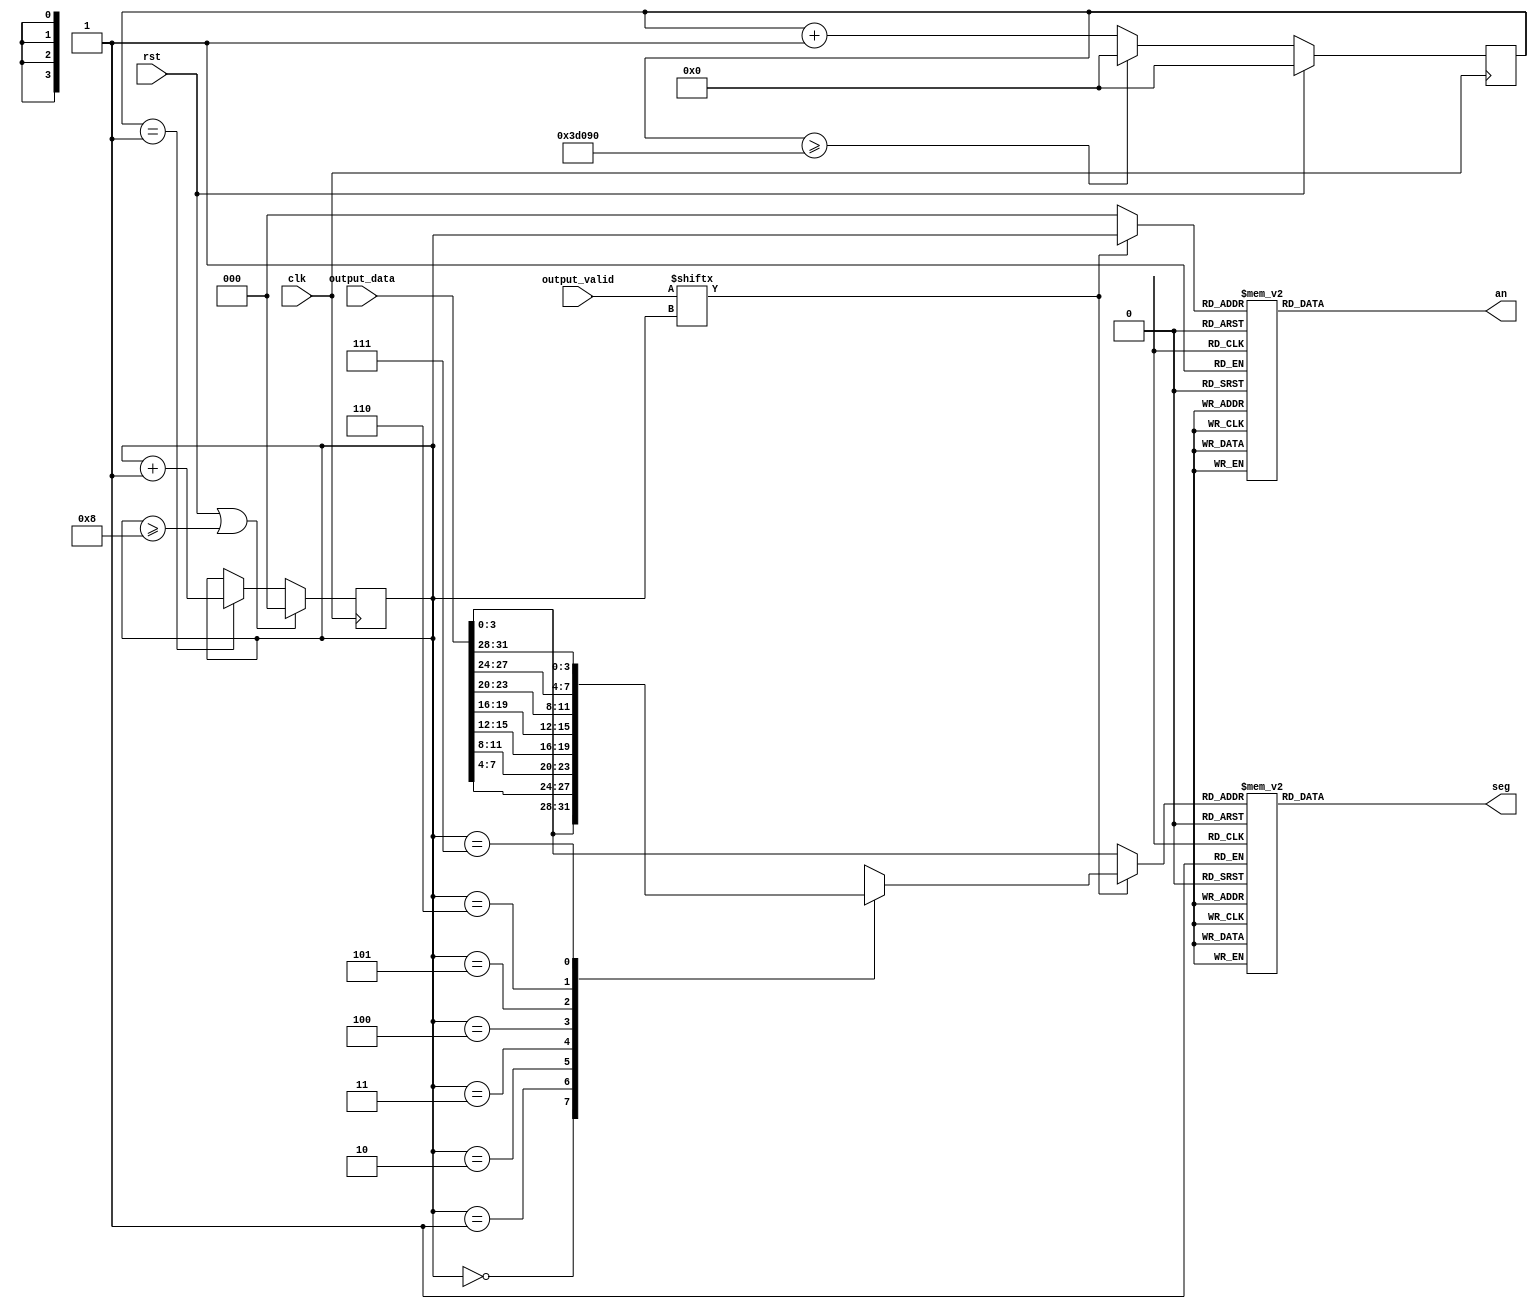
module Segment(
    input                       clk,
    input                       rst,
    input       [31:0]          output_data,
    input       [ 7:0]          output_valid,

    output  reg [ 7:0]          an,
    output  reg [ 6:0]          seg
);

reg [31:0]  counter;
parameter TIME_CNT = 250_000;
always @(posedge clk) begin
    if (rst)
        counter <= 0;
    else if(counter >= TIME_CNT)
        counter <= 0;
    else
        counter <= counter + 1;
end

reg [2:0] seg_id;
always @(posedge clk) begin
    if(rst || seg_id >= 8)
        seg_id <= 0;
    else if(counter == 1)
        seg_id <= seg_id + 1;
end

reg [ 2: 0] seg_an;
reg [ 3: 0] seg_data;

always @(*) begin
    seg_data = 0;
    seg_an = seg_id;
    case (seg_id)
        3'b000: seg_data = output_data[ 3: 0];
        3'b001: seg_data = output_data[ 7: 4];
        3'b010: seg_data = output_data[11: 8];
        3'b011: seg_data = output_data[15:12];
        3'b100: seg_data = output_data[19:16];
        3'b101: seg_data = output_data[23:20];
        3'b110: seg_data = output_data[27:24];
        3'b111: seg_data = output_data[31:28];
        //default: seg_data = output_data[31:28];
    endcase
    //output_valid[seg_id] = 00seg_id 
    if(output_valid[seg_id] == 0) begin
        seg_an = 0;
        seg_data = output_data[3:0];
    end
end

always @(*) begin
    case (seg_an)
        3'b000: an = 8'b11111110;
        3'b001: an = 8'b11111101;
        3'b010: an = 8'b11111011;
        3'b011: an = 8'b11110111;
        3'b100: an = 8'b11101111;
        3'b101: an = 8'b11011111;
        3'b110: an = 8'b10111111;
        3'b111: an = 8'b01111111;
        default: an = 8'b11111111;
    endcase
end

always @(*) begin
    case (seg_data)
        4'b0000: seg = 7'b0000001;
        4'b0001: seg = 7'b1001111;
        4'b0010: seg = 7'b0010010;
        4'b0011: seg = 7'b0000110;
        4'b0100: seg = 7'b1001100;
        4'b0101: seg = 7'b0100100;
        4'b0110: seg = 7'b0100000;
        4'b0111: seg = 7'b0001111;
        4'b1000: seg = 7'b0000000;
        4'b1001: seg = 7'b0001100;
        4'b1010: seg = 7'b0001000;
        4'b1011: seg = 7'b1100000;
        4'b1100: seg = 7'b0110001;
        4'b1101: seg = 7'b1000010;
        4'b1110: seg = 7'b0110000;
        4'b1111: seg = 7'b0111000;
        default: seg = 7'b1111111;
    endcase
end

endmodule